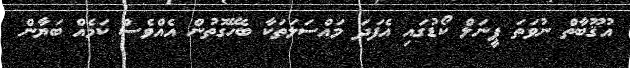
އުޤޫބާތް ނުވަތަ ޕީނަލް ކޯޑުގައި އެފަދަ މައްސަލަތަކާ ބެހޭގޮތުން އެއްވެސް ކަމެއް ބަޔާން